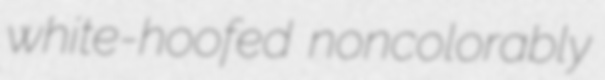
white-hoofed noncolorably